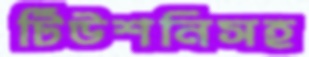
টিউশনিসহ